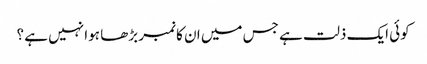
کوئی ایک ذلت ہے جس میں ان کا نمبر بڑھا ہوا نہیں ہے ؟